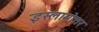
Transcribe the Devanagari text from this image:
इस्लामोत्तर